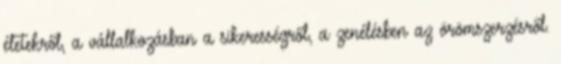
életekről, a vállalkozásban a sikerességről, a zenélésben az örömszerzésről.